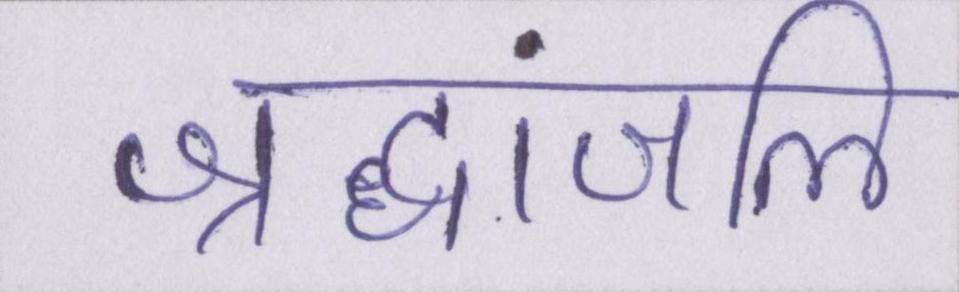
श्रद्धांजलि